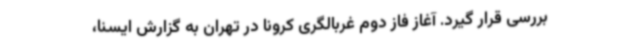
بررسی قرار گیرد. آغاز فاز دوم غربالگری کرونا در تهران به گزارش ایسنا،